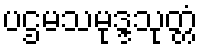
ပဌမသမုဒ္ဒသုတ္တံ